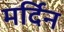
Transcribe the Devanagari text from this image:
मर्दिन